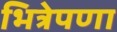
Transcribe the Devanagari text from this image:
भित्रेपणा